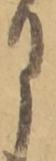
月